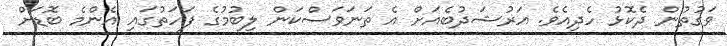
ވަގުތުން ދެކޮޅު ހެދިއެވެ. އަރުޝަދުބެއަށް އެ ތަނަވަސްކަން ލިބުމުގެ ފަހަތުގައި އެންމެ ބޮޑަށް